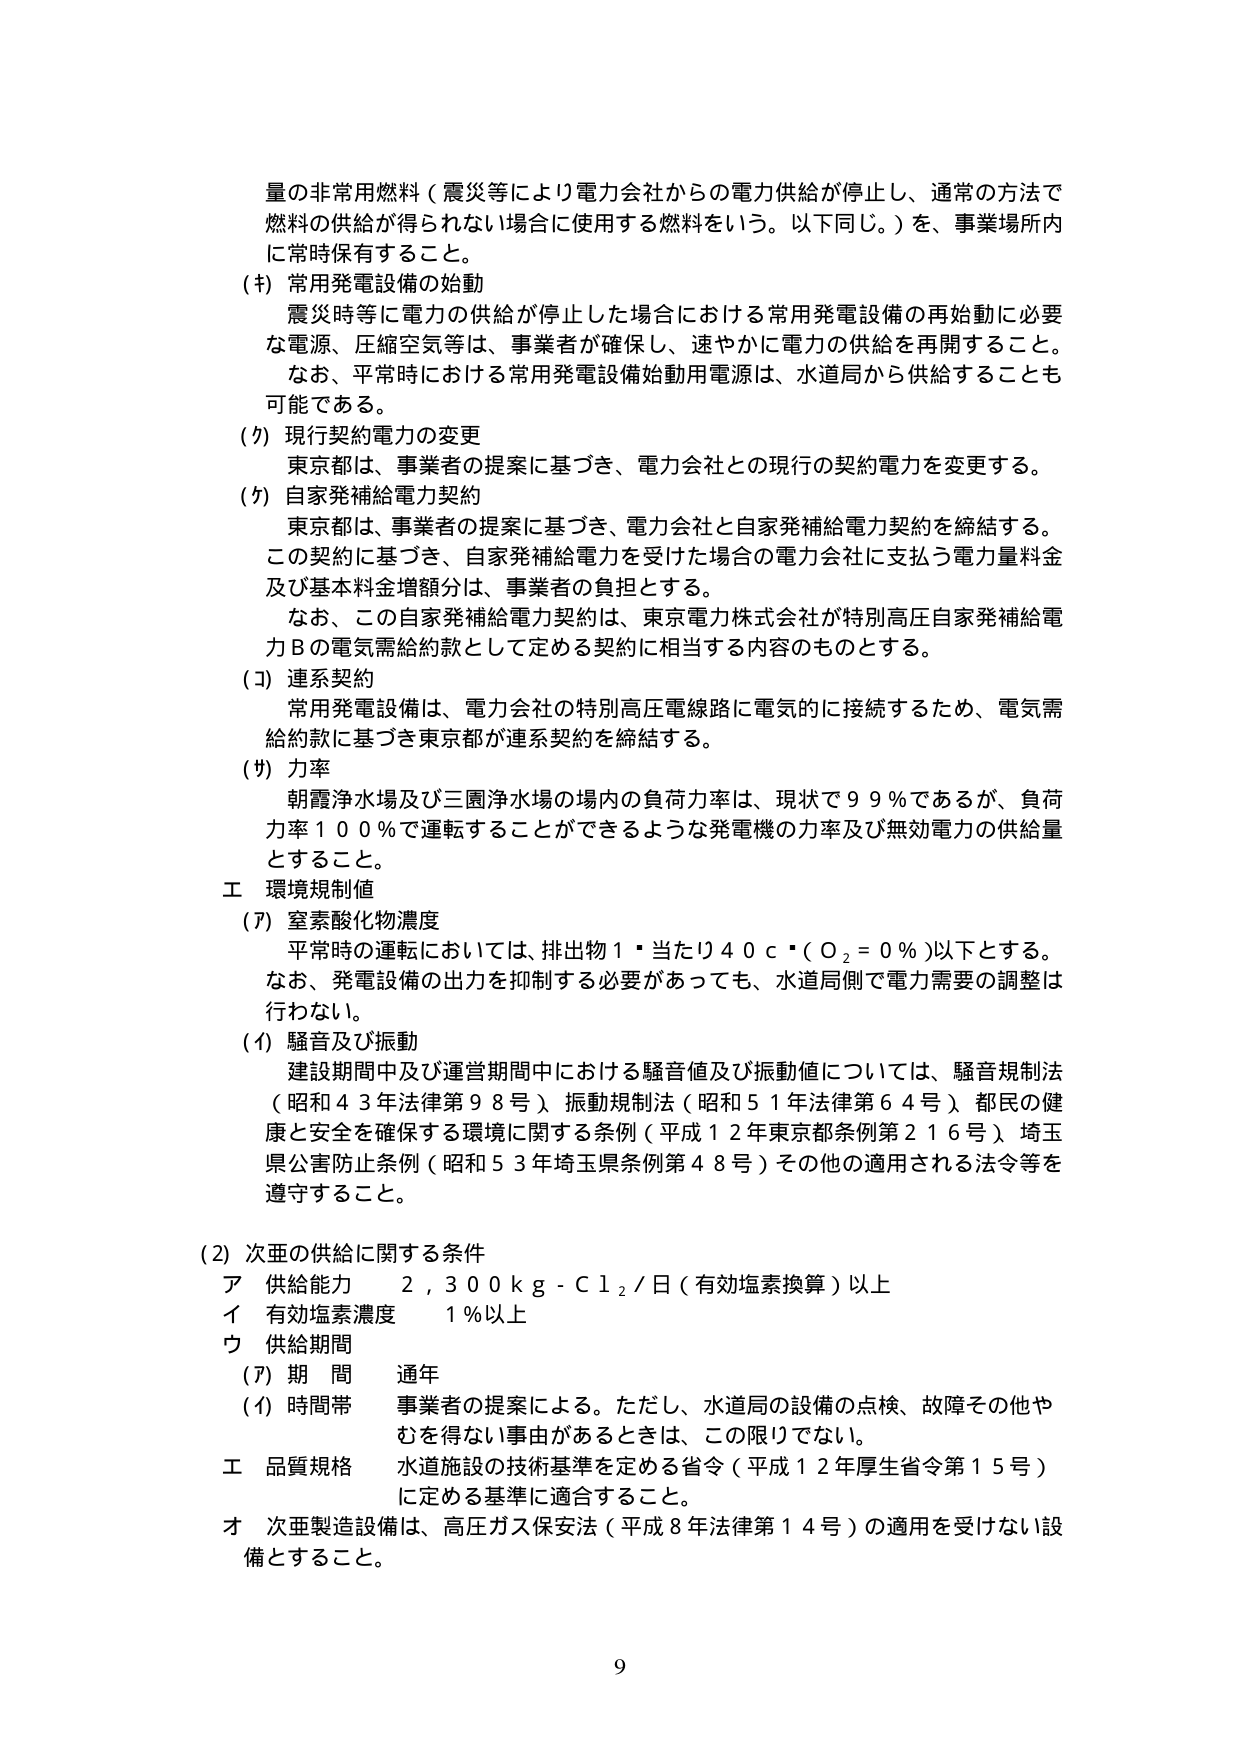
量の非常用燃料（震災等により電力会社からの電力供給が停止し、通常の方法で燃料の供給が得られない場合に使用する燃料をいう。以下同じ。）を、事業場所内に常時保有すること。

(キ) 常用発電設備の始動
震災時等に電力の供給が停止した場合における常用発電設備の再始動に必要な電源、圧縮空気等は、事業者が確保し、速やかに電力の供給を再開すること。
なお、平常時における常用発電設備始動用電源は、水道局から供給することも可能である。

(ク) 現行契約電力の変更
東京都は、事業者の提案に基づき、電力会社との現行の契約電力を変更する。

(ケ) 自家発補給電力契約
東京都は、事業者の提案に基づき、電力会社と自家発補給電力契約を締結する。
この契約に基づき、自家発補給電力を受けた場合の電力会社に支払う電力量料金及び基本料金増額分は、事業者の負担とする。
なお、この自家発補給電力契約は、東京電力株式会社が特別高圧自家発補給電力Ｂの電気需給約款として定める契約に相当する内容のものとする。

(コ) 連系契約
常用発電設備は、電力会社の特別高圧電線路に電気的に接続するため、電気需給約款に基づき東京都が連系契約を締結する。

(サ) 力率
朝霞浄水場及び三園浄水場の場内の負荷力率は、現状で９９％であるが、負荷力率１００％で運転することができるような発電機の力率及び無効電力の供給量とすること。

工 環境規制値
(ア) 室素酸化物濃度
平常時の運転においては、排出物１・当たり４０ｃ・（Ｏ₂＝０％）以下とする。
なお、発電設備の出力を抑制する必要があっても、水道局側で電力需要の調整は行わない。

(イ) 騒音及び振動
建設期間中及び運営期間中における騒音値及び振動値については、騒音規制法（昭和４３年法律第９８号）、振動規制法（昭和５１年法律第６４号）、都民の健康と安全を確保する環境に関する条例（平成１２年東京都条例第２１６号）、埼玉県公害防止条例（昭和５３年埼玉県条例第４８号）その他の適用される法令等を遵守すること。

(2) 次亜の供給に関する条件
ア 供給能力 ２，３００ｋｇ－Ｃｌ₂／日（有効塩素換算）以上
イ 有効塩素濃度 １％以上
ウ 供給期間
　(ア) 期 間 通年
　(イ) 時間帯 事業者の提案による。ただし、水道局の設備の点検、故障その他やむを得ない事由があるときは、この限りでない。

工 品質規格
水道施設の技術基準を定める省令（平成１２年厚生省令第１５号）に定める基準に適合すること。

オ 次亜製造設備は、高圧ガス保安法（平成８年法律第１４号）の適用を受けない設備とすること。

9